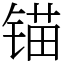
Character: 锚